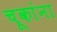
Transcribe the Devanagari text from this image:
चूकांना